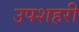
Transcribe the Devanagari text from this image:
उपशहरी